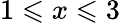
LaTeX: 1\leqslant x\leqslant 3